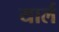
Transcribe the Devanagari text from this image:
यार्ल